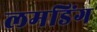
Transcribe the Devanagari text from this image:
लमडिंग